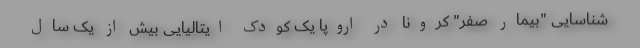
شناسایی "بیمار صفرِ" کرونا در اروپا یک کودک ایتالیایی بیش از یک سال